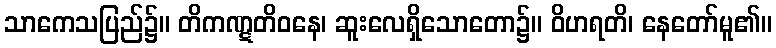
သာကေသပြည်၌။ တိကဏ္ဋတိဝနေ၊ ဆူးလေရှိသောတော၌။ ဝိဟရတိ၊ နေတော်မူ၏။